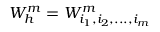
W _ { h } ^ { m } = W _ { i _ { 1 } , i _ { 2 } , . . . , i _ { m } } ^ { m }